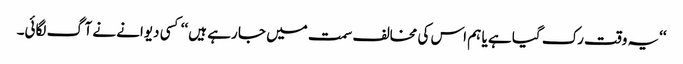
‘‘یہ وقت رک گیا ہے یا ہم اس کی مخالف سمت میں جا رہے ہیں ‘‘ کسی دیوانے نے آگ لگائی۔